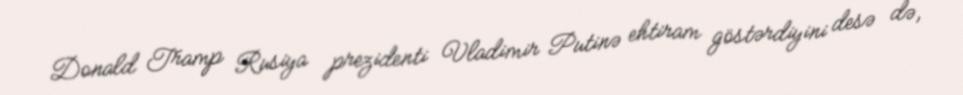
Donald Tramp Rusiya prezidenti Vladimir Putinə ehtiram göstərdiyini desə də,